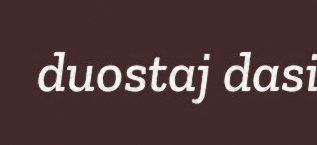
duostaj dasi